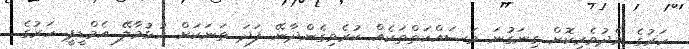
ހަރުގެ މެދުވެރިކޮށް ގިނަގުނަ މަސައްކަތްތަކެއް ކުރެވިގެންދާނޭ ފަދަ ތަނަކަށް ހުޅުމާލޭ އެމްޑީޕީ ހަރުގެ